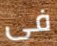
فى